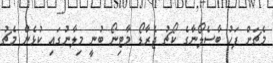
މެޗަށް ފަހު ބާސެލޯނާގެ ކޯޗު ޖެރާޑޯ މާޓިނޯ ބުނީ މިލާނުގައި ކުޅެން މެޗު